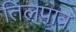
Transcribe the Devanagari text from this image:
तिलपात्र